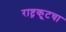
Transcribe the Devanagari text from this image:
राष्ट्रकूटचा